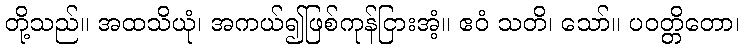
တို့သည်။ အထသိယုံ၊ အကယ်၍ဖြစ်ကုန်ငြားအံ့။ ဧဝံ သတိ၊ သော်။ ပဝတ္တိတော၊